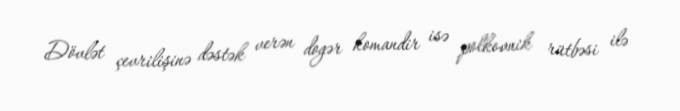
Dövlət çevrilişinə dəstək verən dogər komandir isə polkovnik rütbəsi ilə